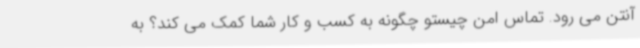
آنتن‌ می رود. تماس امن چیستو چگونه به کسب و کار شما کمک می کند؟ به